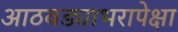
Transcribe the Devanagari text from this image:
आठवड्याभरापेक्षा